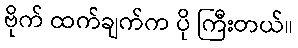
ဗိုက် ထက်ချက်က ပို ကြီးတယ်။